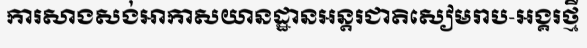
ការសាងសង់អាកាសយានដ្ឋានអន្តរជាតិសៀមរាប-អង្គរថ្មី